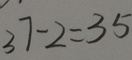
3 7 - 2 = 3 5